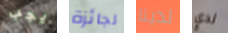
يجب لجائزة لدينا لدي